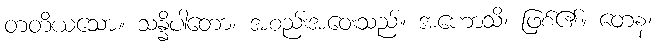
တတိယသော။ သန္နိပါတော၊ အစည်းအဝေးသည်။ အဟောသိ၊ ဖြစ်၏။ တေန၊